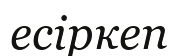
есіркеп